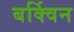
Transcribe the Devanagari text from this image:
बर्क्विन